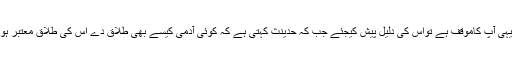
اگریہی آپ کاموقف ہے تواس کی دلیل پیش کیجئے جب کہ حدینث کہتی ہے کہ کوئی آدمی کیسے بھی طلاق دے اس کی طلاق معتبر ہوگی۔